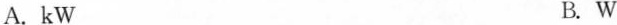
A.kW B.W